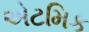
એટમિક